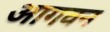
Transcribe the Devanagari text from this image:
आगवन